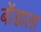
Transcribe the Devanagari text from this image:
बोंडाला